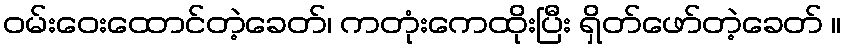
ဝမ်းဝေးထောင်တဲ့ခေတ်၊ ကတုံးကေထိုးပြီး ရှိတ်ဖော်တဲ့ခေတ် ။